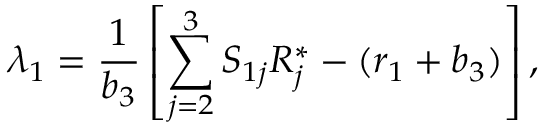
\lambda _ { 1 } = { \frac { 1 } { b _ { 3 } } } \left[ \sum _ { j = 2 } ^ { 3 } S _ { 1 j } R _ { j } ^ { * } - ( r _ { 1 } + b _ { 3 } ) \right] ,